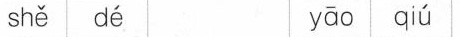
shě dé yāo qiú